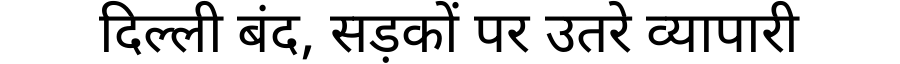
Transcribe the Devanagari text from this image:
दिल्ली बंद, सड़कों पर उतरे व्यापारी